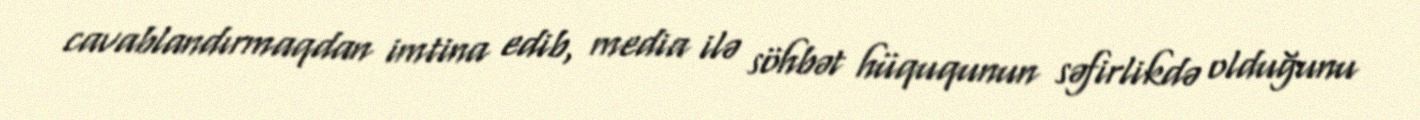
cavablandırmaqdan imtina edib, media ilə söhbət hüququnun səfirlikdə olduğunu